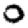
Digit: 0